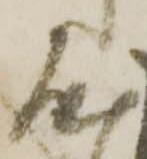
屋